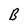
Character: B